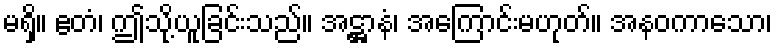
မရှိ။ ဧတံ၊ ဤသို့ယူခြင်းသည်။ အဋ္ဌာနံ၊ အကြောင်းမဟုတ်။ အနဝကာသော၊